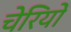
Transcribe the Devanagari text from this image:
चेरियों